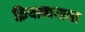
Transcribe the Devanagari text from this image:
क्रियान्वयाना